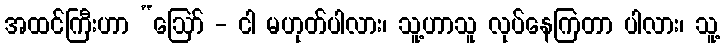
အထင်ကြီးဟာ “ဩော် - ငါ မဟုတ်ပါလား၊ သူ့ဟာသူ လုပ်နေကြတာ ပါလား၊ သူ့